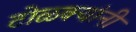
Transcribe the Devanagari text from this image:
टोळक्यांनी